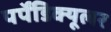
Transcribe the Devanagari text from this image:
पर्पेंडिक्यूलर